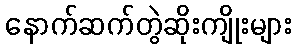
နောက်ဆက်တွဲဆိုးကျိုးများ